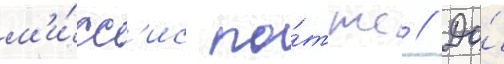
м'и́сс'ис по́ттс // До́